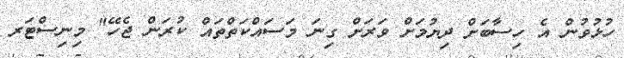
ހުޅުވުން އެ ހިސާބަށް ދިޔުމަށް ވަރަށް ގިނަ މަސައްކަތްތައް ކުރަން ޖެހޭ" މިނިސްޓަރ